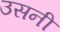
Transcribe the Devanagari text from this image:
उसनी